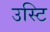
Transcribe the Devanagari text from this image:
उस्टि